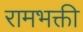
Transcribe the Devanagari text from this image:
रामभक्ती